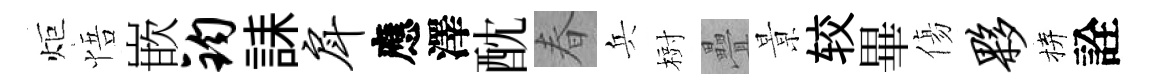
炬悟嵌钧誄戽應澤酖春兵𣗳疊㬌较畢傷夥拚詮